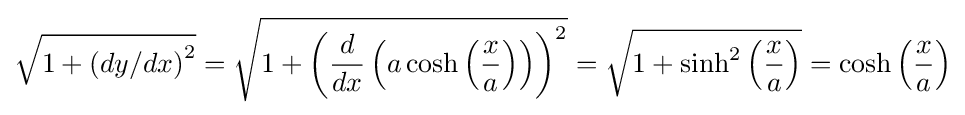
{\sqrt {1+\left(dy/dx\right)^{2}}}={\sqrt {1+\left({\frac {d}{dx}}\left(a\cosh \left({\frac {x}{a}}\right)\right)\right)^{2}}}={\sqrt {1+\sinh ^{2}\left({\frac {x}{a}}\right)}}=\cosh \left({\frac {x}{a}}\right)